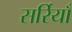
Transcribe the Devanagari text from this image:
सर्रियाँ